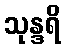
သုန္ဒရိ